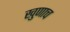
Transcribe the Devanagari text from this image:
खुणाच